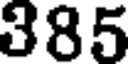
385